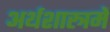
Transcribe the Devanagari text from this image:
अर्थशास्त्रमें